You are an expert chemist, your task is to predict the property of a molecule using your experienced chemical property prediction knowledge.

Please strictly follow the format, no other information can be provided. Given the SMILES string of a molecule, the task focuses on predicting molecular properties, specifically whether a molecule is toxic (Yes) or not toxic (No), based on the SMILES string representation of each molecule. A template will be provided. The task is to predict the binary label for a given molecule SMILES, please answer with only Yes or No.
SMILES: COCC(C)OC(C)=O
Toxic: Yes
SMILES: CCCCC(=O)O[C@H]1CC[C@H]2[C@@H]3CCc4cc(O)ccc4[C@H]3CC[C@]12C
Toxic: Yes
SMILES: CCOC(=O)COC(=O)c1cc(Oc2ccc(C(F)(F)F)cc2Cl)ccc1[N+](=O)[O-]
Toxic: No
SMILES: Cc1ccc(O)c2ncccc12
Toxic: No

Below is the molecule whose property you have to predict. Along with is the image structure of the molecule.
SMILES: O=C(C=Cc1ccc(O)c(O)c1)O[C@@H]1C[C@](O)(C(=O)O)C[C@@H](O)[C@H]1O
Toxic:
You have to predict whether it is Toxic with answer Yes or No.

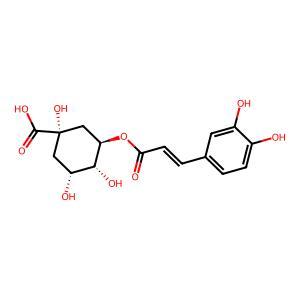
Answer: No